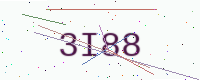
Text: 3I88